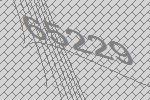
65229